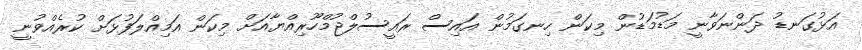
އަޅުގަނޑު ދަންނަވާނީ މަޑުމަޑުން މިކަން ހިނގަމުން އައިސް ރައީސުލްޖުމްހޫރިއްޔާއަށް މިކަން އަމިއްލަފުޅަށް ކުރެއްވުނީ